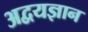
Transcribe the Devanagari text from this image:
अद्वयज्ञान